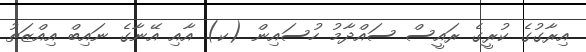
އިރާގުގެ ކުރީގެ ރައީސް ސައްދާމު ހުސައިން (ކ) އާއި އޭނާގެ ނައިބް އިއްޒަތު